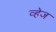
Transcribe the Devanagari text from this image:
व्हेज